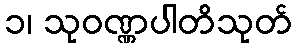
၁၊ သုဝဏ္ဏပါတိသုတ်